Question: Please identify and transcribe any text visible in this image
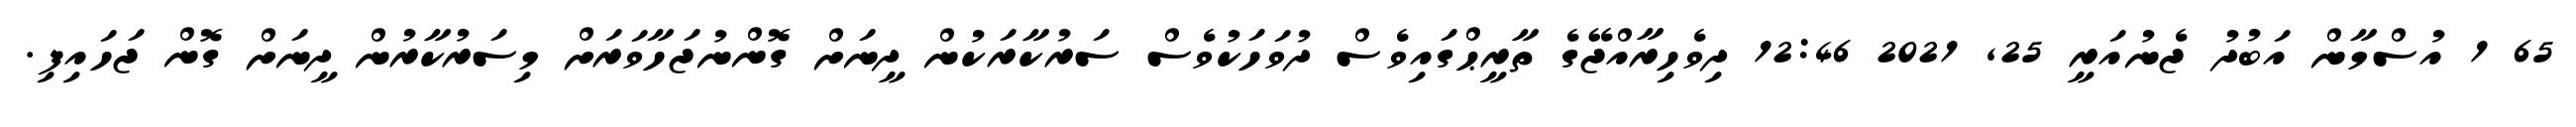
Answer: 65 1 އުސްމާން އަބުދު ޖެނުއަރީ 25, 2021 12:46 ދިވެހިރާއްޖޭގެ ތާރީޙްގައިވެސް ދުވަހަކުވެސް ސަރުކާރަކުން ދީނަށް ގޮންނުޖަހާވަރަށް މިސަރުކާރުން ދީނަށް ގޮން ޖަހައިފި.